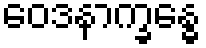
ဝေဒနာက္ခန္ဓေ